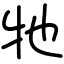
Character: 牠